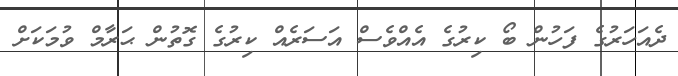
ދެއަހަރުގެ ފަހުން ބޯ ކިރުގެ އެއްވެސް އަސަރެއް ކިރުގެ ގޮތުން ޙަރާމް ވުމަކަށް